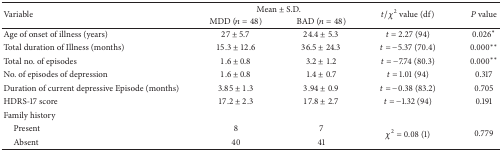
<table><thead><tr><td rowspan="2"><b>Variable</b></td><td colspan="2"><b>Mean ± S.D.</b></td><td rowspan="2"><b><i>t</i>/<i>χ</i><sup>2</sup> value (df)</b></td><td rowspan="2"><b><i>P</i> value</b></td></tr><tr><td><b>MDD (<i>n</i> = 48)</b></td><td><b>BAD (<i>n</i> = 48)</b></td></tr></thead><tbody><tr><td>Age of onset of illness (years)</td><td>27 ± 5.7</td><td>24.4 ± 5.3</td><td><i>t</i> = 2.27 (94)</td><td>0.026*</td></tr><tr><td>Total duration of Illness (months)</td><td>15.3 ± 12.6</td><td>36.5 ± 24.3</td><td><i>t</i> = −5.37 (70.4)</td><td>0.000**</td></tr><tr><td>Total no. of episodes</td><td>1.6 ± 0.8</td><td>3.2 ± 1.2</td><td><i>t</i> = −7.74 (80.3)</td><td>0.000**</td></tr><tr><td>No. of episodes of depression</td><td>1.6 ± 0.8</td><td>1.4 ± 0.7</td><td><i>t</i> = 1.01 (94)</td><td>0.317</td></tr><tr><td>Duration of current depressive Episode (months)</td><td>3.85 ± 1.3</td><td>3.94 ± 0.9</td><td><i>t</i> = −0.38 (83.2)</td><td>0.705</td></tr><tr><td>HDRS-17 score</td><td>17.2 ± 2.3</td><td>17.8 ± 2.7</td><td><i>t</i> = −1.32 (94)</td><td>0.191</td></tr><tr><td>Family history</td><td> </td><td> </td><td> </td><td> </td></tr><tr><td> Present</td><td>8</td><td>7</td><td rowspan="2"><i>χ</i><sup>2</sup> = 0.08 (1)</td><td rowspan="2">0.779</td></tr><tr><td> Absent</td><td>40</td><td>41</td></tr></tbody></table>